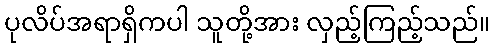
ပုလိပ်အရာရှိကပါ သူတို့အား လှည့်ကြည့်သည်။